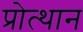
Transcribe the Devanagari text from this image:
प्रोत्थान